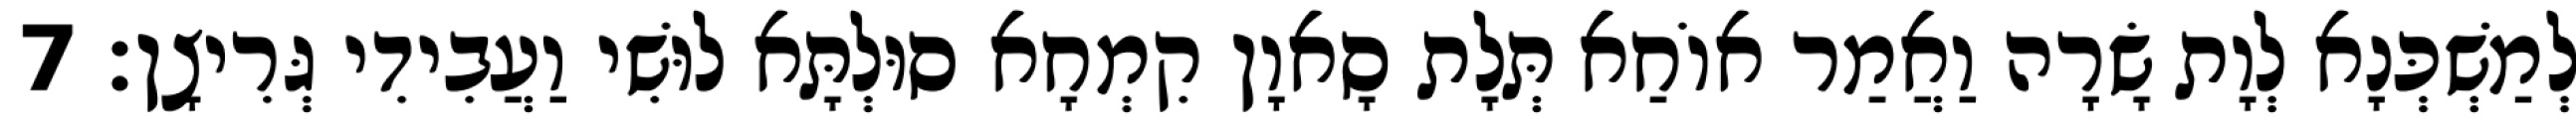
לְמַשְׁכְּנָא לְוָת שָׂרָה וַאֲמַר אוֹחַא תְּלָת סָאוָן קִמְחָא סוּלְתָּא לוּשִׁי וַעֲבִידִי גְּרִיצָן׃ 7